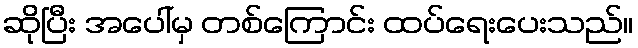
ဆိုပြီး အပေါ်မှ တစ်ကြောင်း ထပ်ရေးပေးသည်။